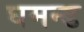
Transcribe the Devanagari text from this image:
घमन्ड